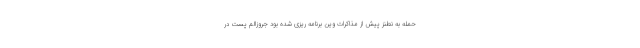
حمله به نطنز پیش از مذاکرات وین برنامه ‌ریزی شده بود جروزالم پست در